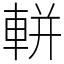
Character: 軿